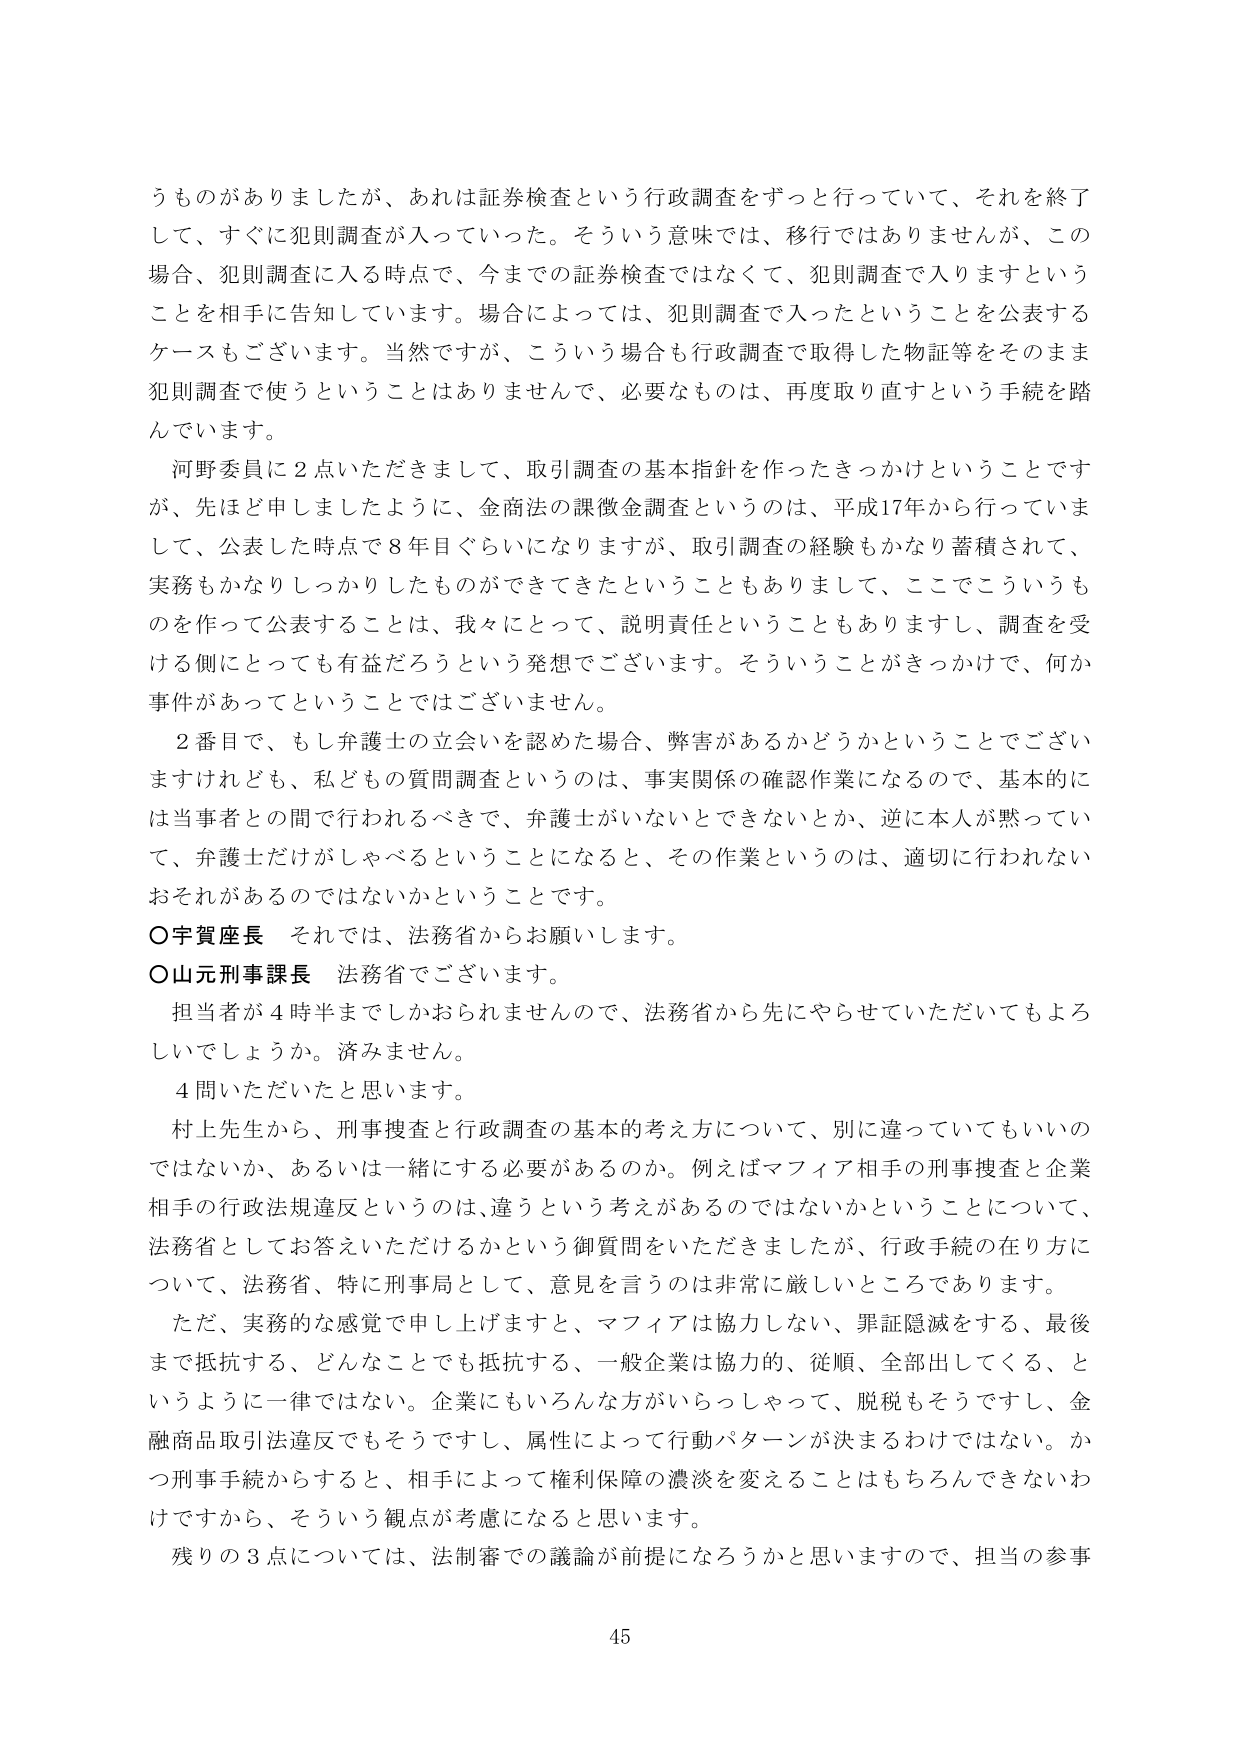
うものがありましたがあれは証券検査という行政調査をずっと行っていて、それを終了して、すぐに犯則調査が入っていった。そういう意味では、移行ではありませんが、この場合、犯則調査に入る時点で、今までの証券検査ではなくて、犯則調査で入りますということを相手に告知しています。場合によっては、犯則調査で入ったということを公表するケースもございます。当然ですが、こういう場合も行政調査で取得した物証等をそのまま犯則調査で使うということはありませんで、必要なものは、再度取り直すという手続を踏んでいます。

河野委員に2点いただきますして、取引調査の基本指針を作ったきっかけということですが、先ほど申しましたように、金商法の課徴金調査というのは、平成17年から行っていまして、公表した時点で8年目ぐらいになりますが、取引調査の経験もかなり蓄積されて、実務もかなりしっかりしたものができてきたということもありまして、ここでこういうものを作って公表することは、我々にとって、説明責任ということもありますし、調査を受ける側にとっても有益だろうという発想でございます。そういうことがきっかけで、何か事件があってということではございません。

2番目で、もし弁護士の立会いを認めた場合、弊害があるかどうかということでございますけれども、私どもの質問調査というのは、事実関係の確認作業になるので、基本的には当事者との間で行われるべきで、弁護士がいないとできないとか、逆に本人が黙っていて、弁護士だけがしゃべるということになると、その作業というのは、適切に行われないおそれがあるのではないかということです。

○宇賀座長　それでは、法務省からお願いします。

○山元刑事課長　法務省でございます。

担当者が4時半までしかおられませんので、法務省から先にやらせていただいてもよろしいでしょうか。済みません。

4問いただいたと思います。

村上先生から、刑事捜査と行政調査の基本的考え方について、別に違っていてもいいのではないか、あるいは一緒にする必要があるのか。例えばマフィア相手の刑事捜査と企業相手の行政法規違反というのは、違うという考えがあるのではないかということについて、法務省としてお答えいただけるかという御質問をいただきましたが、行政手続の在り方について、法務省、特に刑事局として、意見を言うのは非常に厳しいところであります。

ただ、実務的な感覚で申し上げますと、マフィアは協力しない、罪証隠滅をする、最後まで抵抗する、どんなことでも抵抗する、一般企業は協力的、従順、全部出してくる、というように一律ではない。企業にもいろんな方がいらっしゃって、脱税もそうですし、金融商品取引法違反でもそうですし、属性によって行動パターンが決まるわけではない。かつ刑事手続からすると、相手によって権利保障の濃淡を変えることはもちろんできないわけですから、そういう観点が考慮になると思います。

残りの3点については、法制審での議論が前提になろうかと思いますので、担当の参事

45